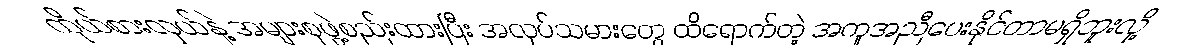
ကိုယ်စားလှယ်နဲ့ အများစုဖွဲ့စည်းထားပြီး အလုပ်သမားတွေ ထိရောက်တဲ့ အကူအညီပေးနိုင်တာမရှိဘူးလို့